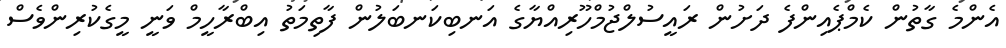
އެންމެ ގާތުން ކެމްޕެއިންފެ ދަށުން ރައީސުލްޖުމްހޫރިއްޔާގެ އަނބިކަނބަލުން ފާތިމަތު އިބްރާހީމް ވަނީ މީގެކުރިންވެސް